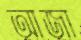
আজা